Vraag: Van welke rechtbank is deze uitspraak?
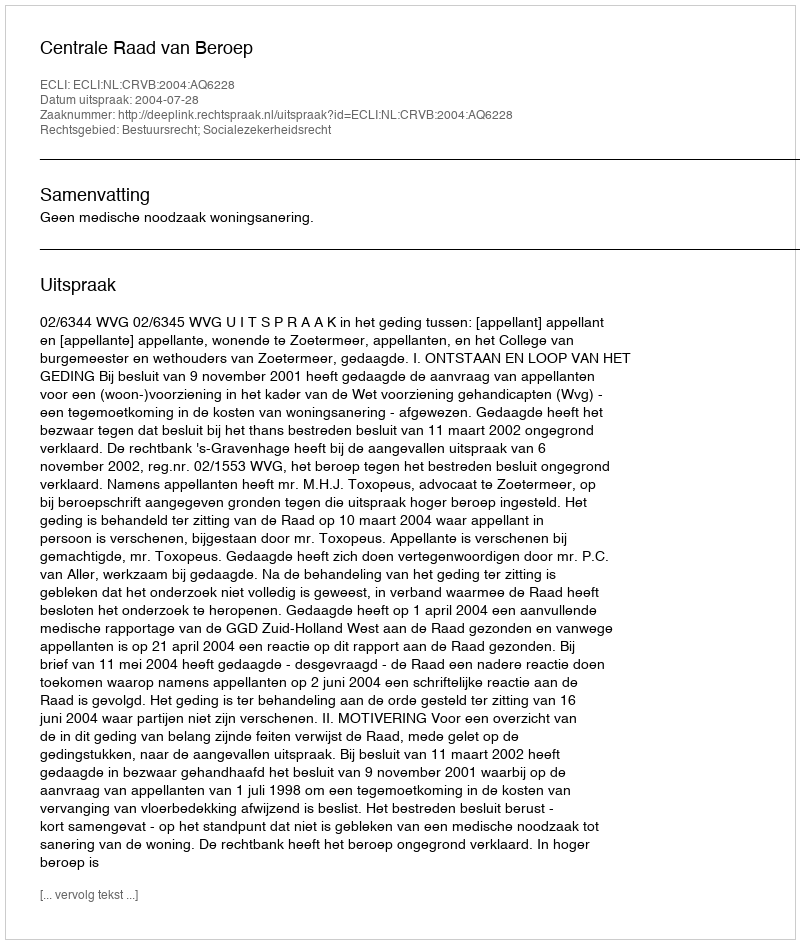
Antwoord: Centrale Raad van Beroep